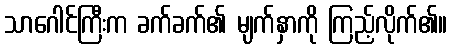
သာဂေါင်ကြီးက ခက်ခက်၏ မျက်နှာကို ကြည့်လိုက်၏။